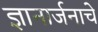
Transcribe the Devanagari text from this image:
ज्ञानार्जनाचे